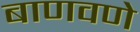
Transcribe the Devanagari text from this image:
बाणवणे